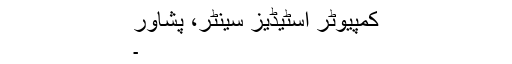
کمپیوٹر اسٹیڈیز سینٹر، پشاور
۔